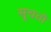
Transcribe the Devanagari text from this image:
सूचतो